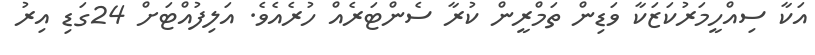
އަކާ ސިއްހީމަރުކަޒަކާ ވަޑިން ތަމްރީން ކުރާ ސެންޓަރެއް ހުރެއެވެ. އަލިފުއްޓަށް 24ގަޑި އިރު